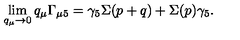
\lim _ { q _ { \mu } \rightarrow 0 } q _ { \mu } \Gamma _ { \mu 5 } = \gamma _ { 5 } \Sigma ( p + q ) + \Sigma ( p ) \gamma _ { 5 } .